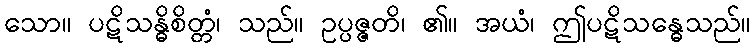
သော။ ပဋိသန္ဓိစိတ္တံ၊ သည်။ ဥပ္ပဇ္ဇတိ၊ ၏။ အယံ၊ ဤပဋိသန္ဓေသည်။